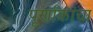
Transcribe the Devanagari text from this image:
पूर्णांकांचा